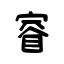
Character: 睿